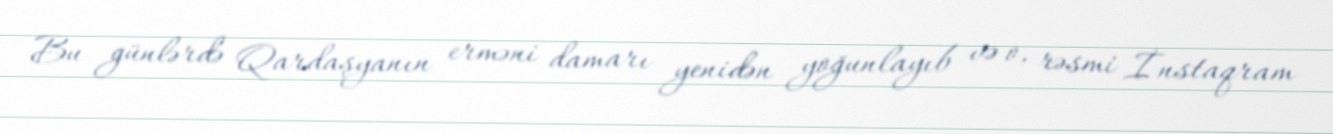
Bu günlərdə Qardaşyanın erməni damarı yenidən yoğunlayıb və o, rəsmi İnstaqram